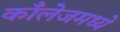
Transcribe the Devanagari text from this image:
काँलेजमध्ये